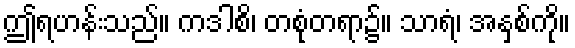
ဤရဟန်းသည်။ ကဒါစိ၊ တစုံတရာ၌။ သာရံ၊ အနှစ်ကို။